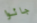
جائوا